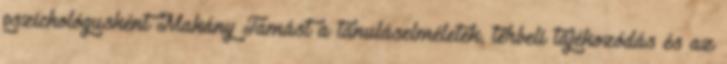
pszichológusként Makány Tamást a tanuláselméletek, térbeli tájékozódás és az